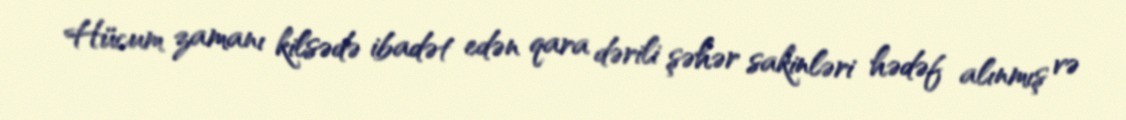
Hücum zamanı kilsədə ibadət edən qara dərili şəhər sakinləri hədəf alınmış və